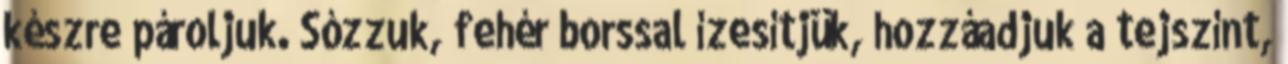
készre pároljuk. Sózzuk, fehér borssal ízesítjük, hozzáadjuk a tejszínt,